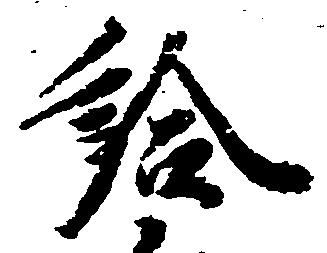
給